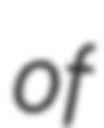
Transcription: of